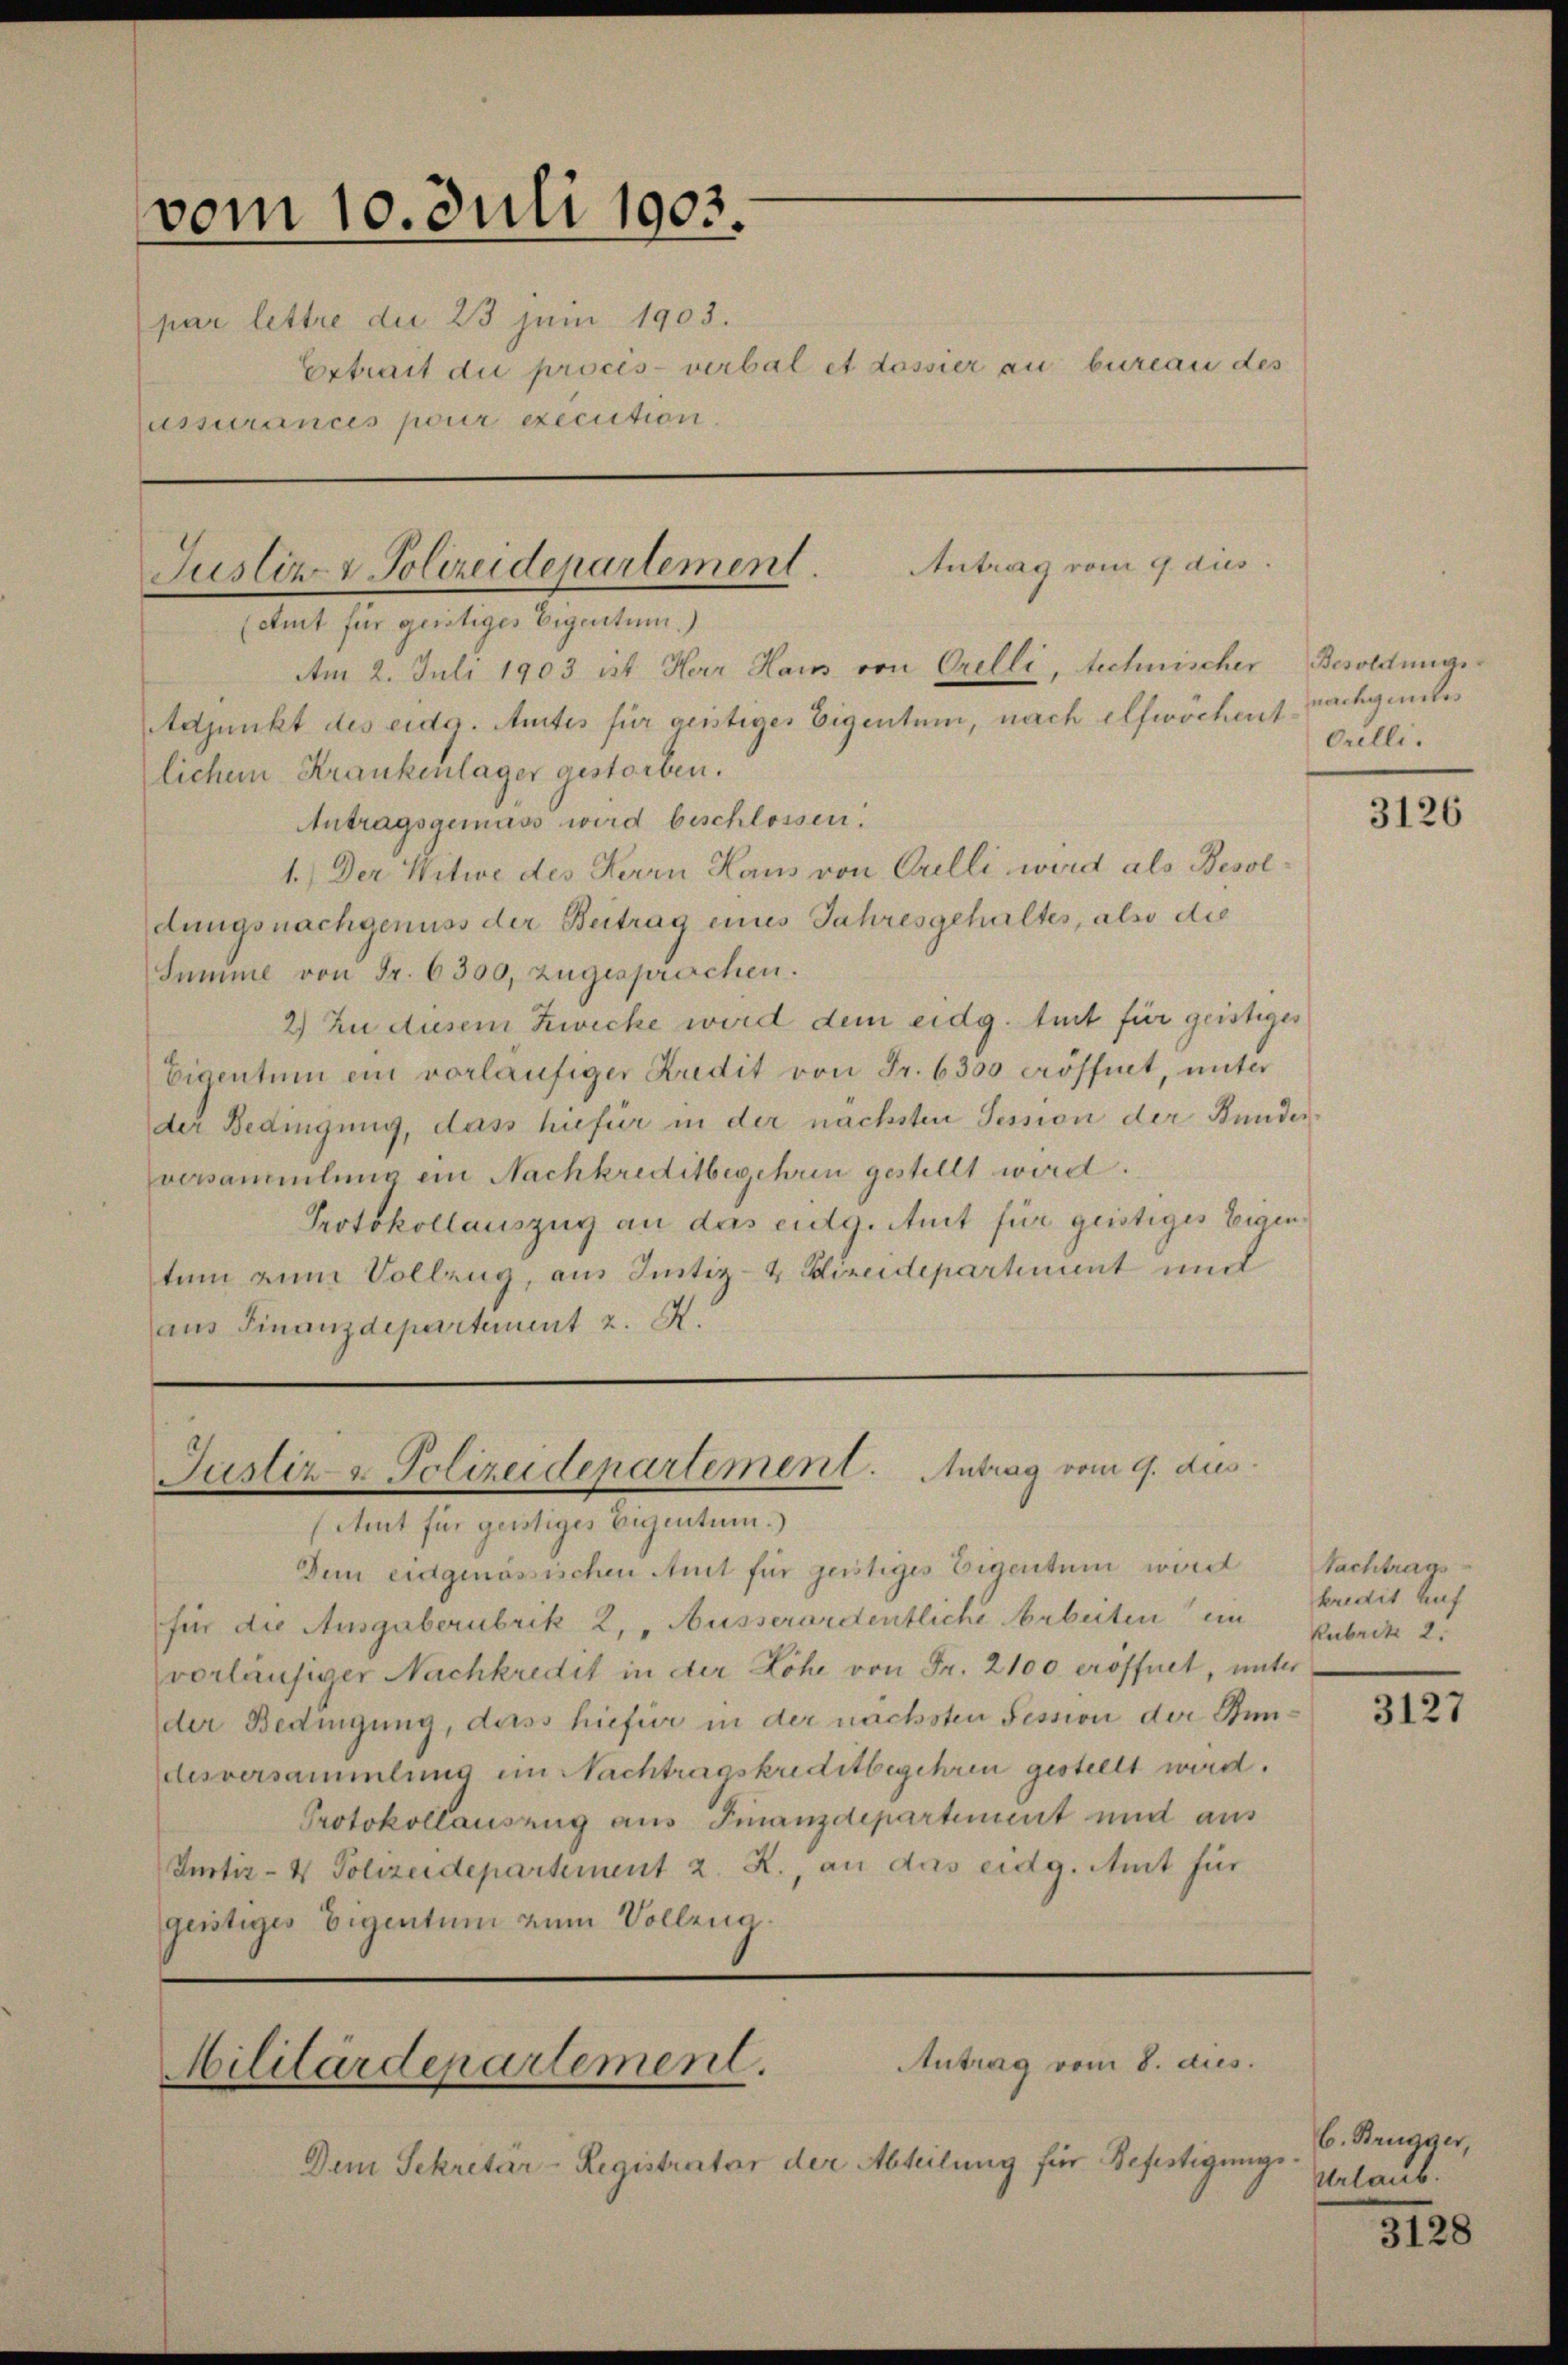
vom 10. Juli 1903.
par lettre die 23 juni 1903.
ussurances pour exécution.

Antrag vom 9. dies
Justiz & Polizeidepartement.

(Amt für geistiges Eigentum.)
Am 2. Juli 1903 ist Herr Haus von Orelli, technischer Besoldungs-
Adjunkt des eidg. Amtes für geistiges Eigentum, nach elfwöchent nachgeiches
lichem Krankenlager gestorben.
Antragsgemäss wird beschlossen.
1.) Der Witwe des Herrn Haus von Gulli wird als Besoldungsnachgenuss der Beitrag eines Jahresgehaltes, also die
Summe von Fr. 6300, zugesprochen.
2) Zu diesem Zwecke wird dem eidg. tust für geistiges
Eigentum ein vorläufiger Budit von Fr. 6300 eröffnet, unter
der Bedingung, dass hiefür in der nächsten Session der Bundesversammlung ein Nachkreditbegehren gestellt wird.
Protokollauszug an das eidg. Amt für geistiges Eigentum zum Vollzug, aus Justiz- & Gireidepartinient und
aus Finanzdepartement z. R.

Justiz- & Polizeidepartement. Antrag vom 9. dies

Ertrait die procès-verbal et dossier au bureau des

Aut für geistiges Eigentum.)
Den eidgenössischen Amt für geistiges Eigentum wird
für die Ausgaberubrik 2, Ausserordentliche Arbeiten ein
vorläufiger Nachkredit in der Löhe von Fr. 2100 eröffnet, unter
der Bedingung, dass hiefür in der nächsten Session der Stundesversammlung im Nachtragskreditbegehren gestellt wird.
Protokollauszug aus Finanzdepartement und aus
Instiz- & Polizeidepartement 2. R., an das eidg. Amt für
geistiges Eigentum zum Volleng.

Antrag vom 8. dies.
Militärdepartement.

Dem Sekretär-Registrator der Abteilung für Befestigungs¬

Orelli.

3126

Nachtrags
kredit Auf
Rubrik 2.

3127

6. Brugger,
Urlaub.

3128